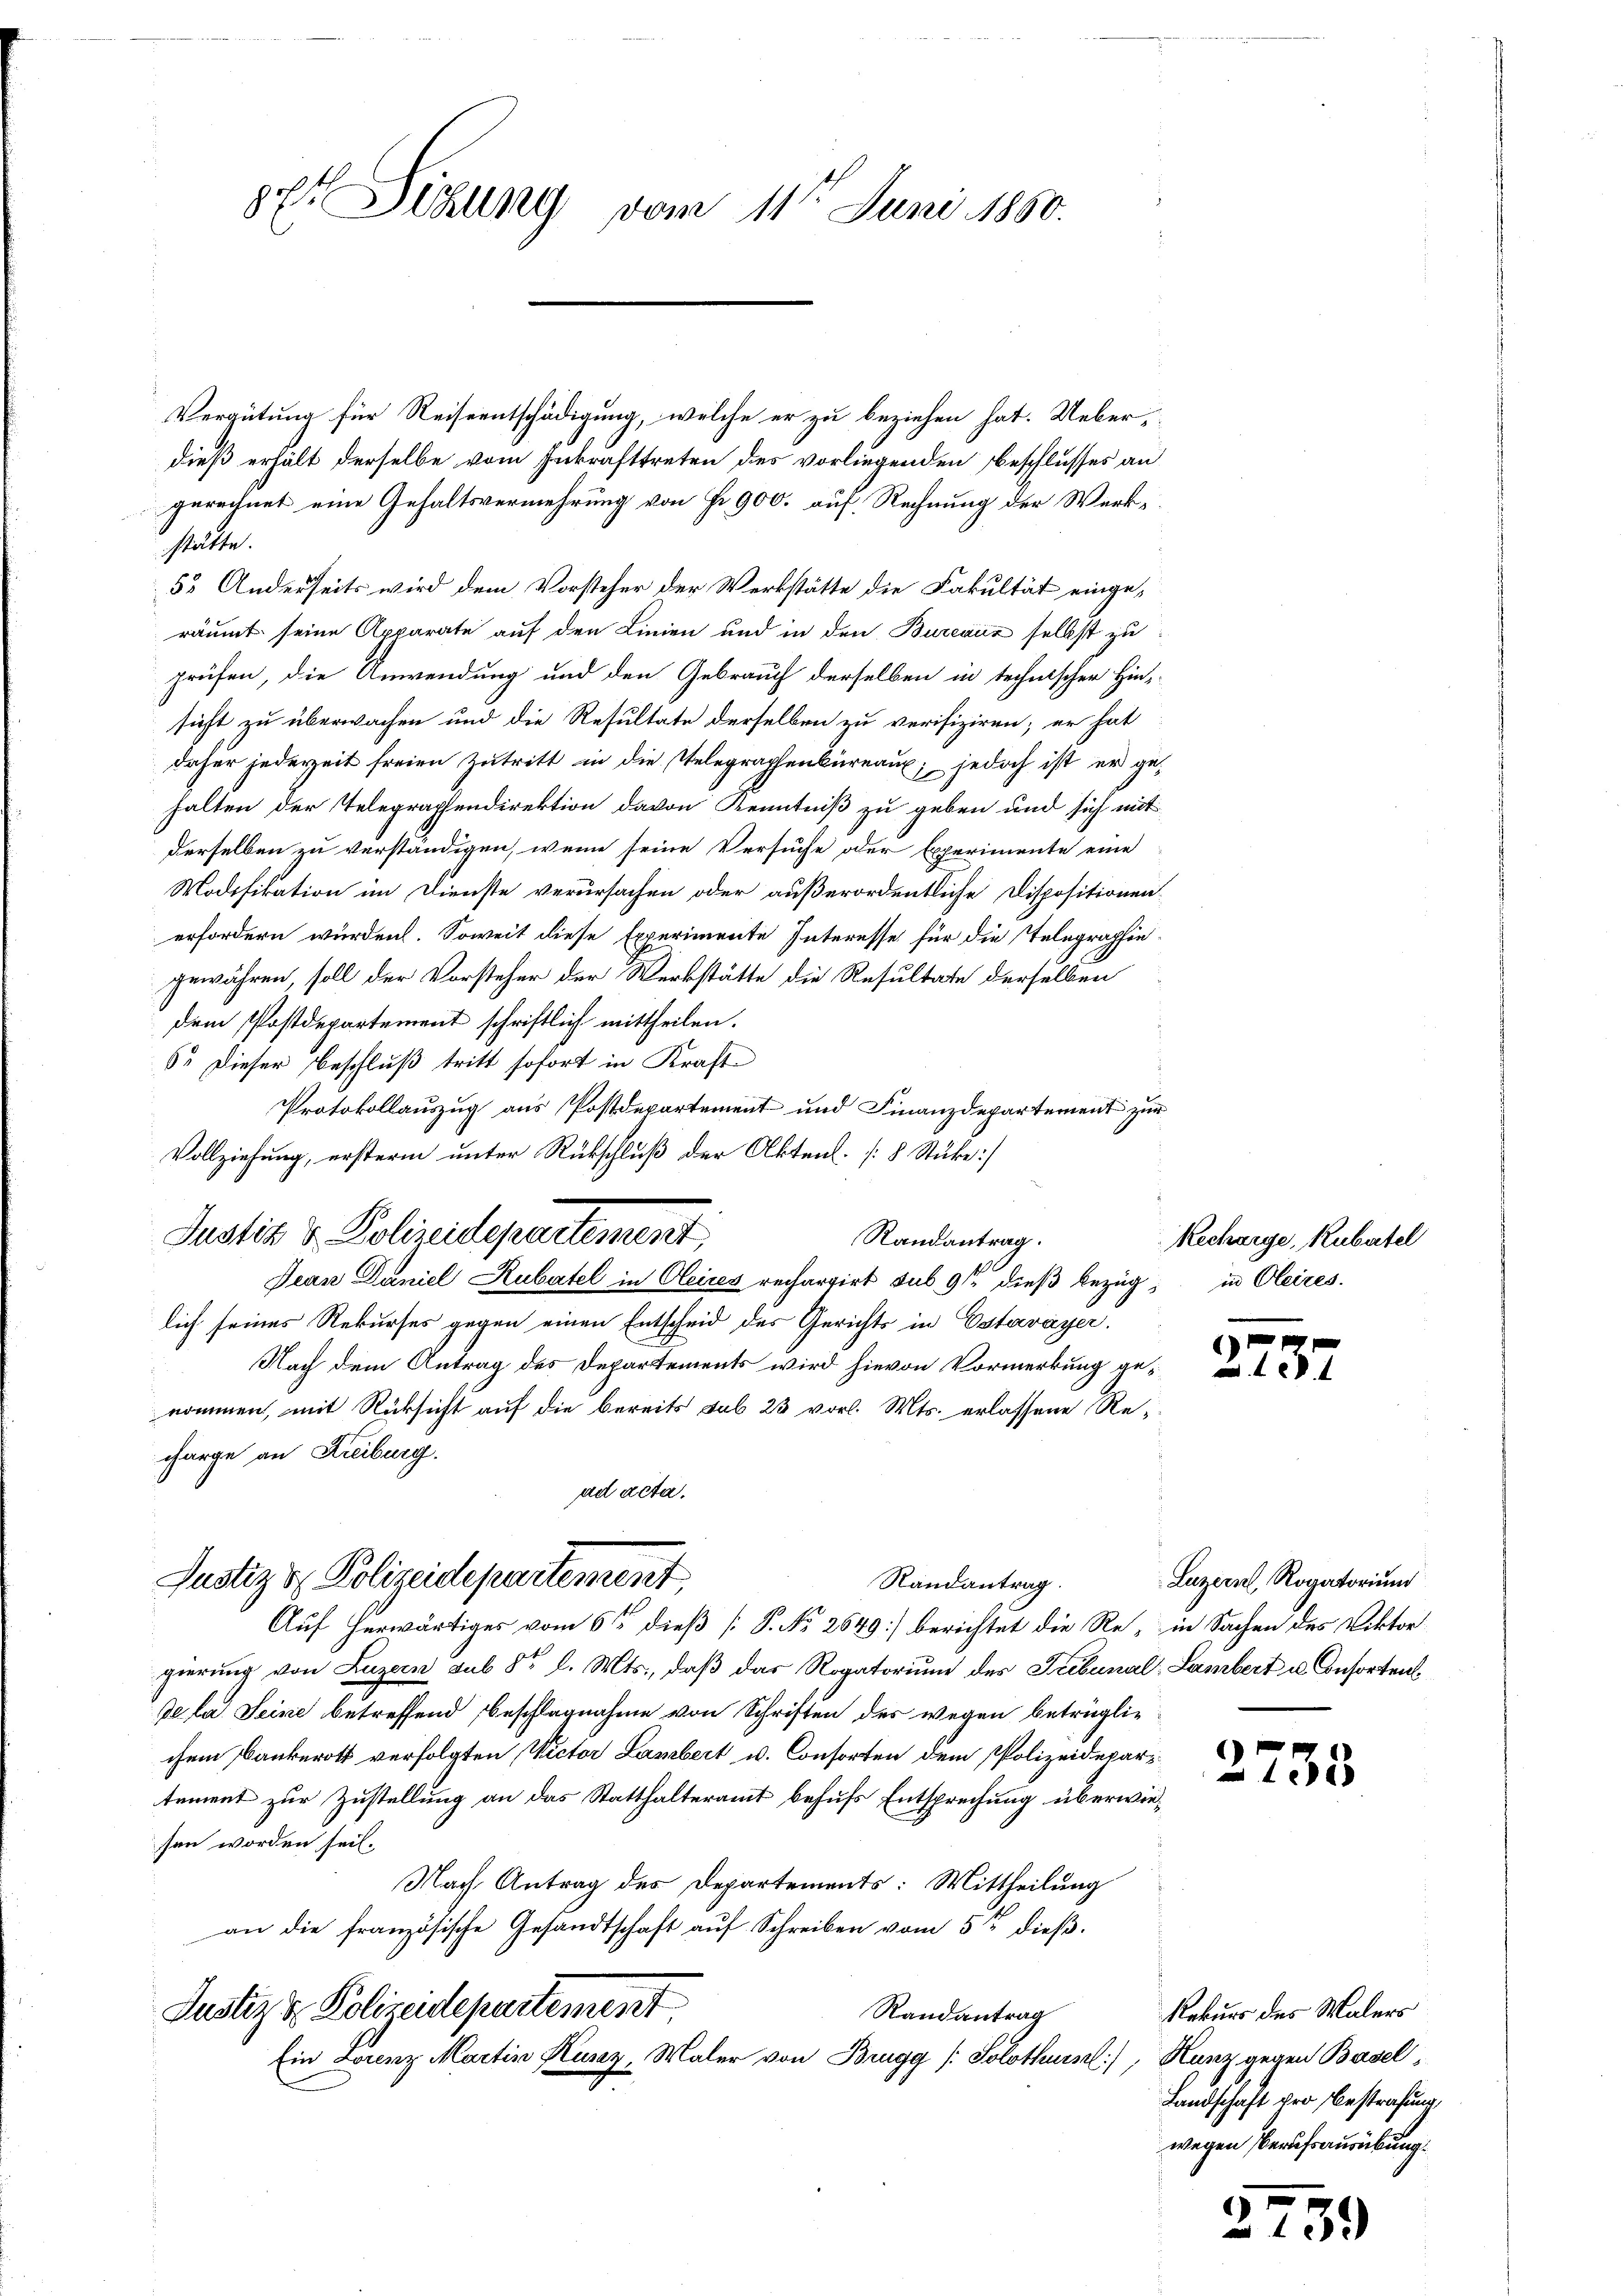
87. Sizung vom 11t Juni 1850.

Vergütung für Reiseentschädigung, welche er zu beziehen hat. Ueberdieß erhält derselbe vom Inkrafttreten des vorliegenden Beschlusses an
gerechnet eine Gehaltsvermehrung von fr. 900. auf Rechnung der Werkstätte.
5. Anderseits wird dem Vorsteher der Werkstätte die Fakultät eingeräumt seine Apparate auf den Linien und in den Bureaux selbst zu
prüfen, die Anwendung und den Gebrauch derselben in technischer Hinsicht zu überwachen und die Resultate derselben zu verifiziren; er hat
daher jederzeit freien Zutritt in die Telegraphenbüreaux; jedoch ist er gehalten der Telegraphendirektion davon Kenntniß zu geben und sich mit
derselben zu verständigen, wenn seine Versuche oder Experimente eine
Modifikation im Dienste verursachen oder außerordentliche Dispositionen
erfordern würden. Soweit diese Experimente Interesse für die Telegraphie-
gewähren, soll der Vorsteher der Werkstätte die Resultate derselben
dem Postdepartement schriftlich mittheilen.
6. Dieser Beschluß tritt sofort in Kraft-
Protokollauszug aus Postdepartement und Finanzdepartement zur
Vollziehung, ersterm unter Rückschluß der Akten. [8 Stücke]
Jean Daniel Rubatel in Oleires rechargirt sub 9te dieß bezug, in Oleires.
lich seines Rekurses gegen einen Entscheid des Gerichts in Estavayer.
Nach dem Antrag des Departements wird hievon Vormerkung genommen, mit Rücksicht auf die bereits sub 23 vorl. Mts. erlassene Recharge an Kreiburg.
ad acta.
Justiz & Polizeidepartement,
Randantrag.
Auf herwärtiges vom 6ten dieß [P. No. 2649] berichtet die Re- in Sachen des Viktorgierung von Luzern sub 8t l. Mts., daß das Rogatorium des Tribunal, Lambert u. Ansorten
de la Seine betreffend beschlagnahme von Schriften des wegen betrüglichem Bankeroth verfolgten Victor Lambert u. Consorten dem Polizeidepartement zur Zustellung an das Statthalteramt behufs Entsprechung überwiesen worden sei.
Nach Antrag des Departements: Mittheilung
an die französische Gesandtschaft auf Schreiben vom 5ten dieß.
Justiz & Polizeidepartement
Randantrag
Ein Lorenz Martin Husaz, Maler von Brugg /: Solothurn), Harz gegen Basel¬

Justiz & Polizeidepartement

Randantrag.

Recharge, Rubartel

275

Luzern, Rogatorium

2733

Rekurs des Malers
Landschaft pro Bestrafung,
wegen Berufsausübung.

.

7

)